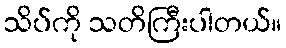
သိပ်ကို သတိကြီးပါတယ်။